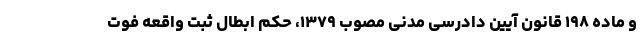
و ماده ۱۹۸ قانون آیین دادرسی مدنی مصوب ۱۳۷۹، حکم ابطال ثبت واقعه فوت